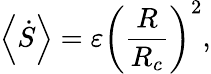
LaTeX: \left<\dot{S}\right>=\varepsilon\left(\frac{R}{R_{c}}\right)^{2},